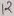
Text: 12